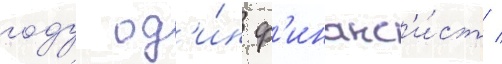
году од'и́н ф'инанс'и́ст /